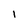
Character: I